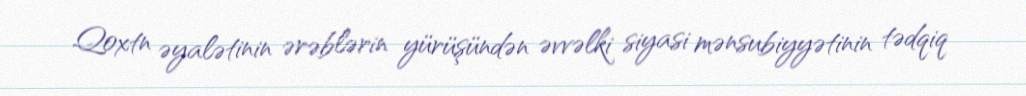
Qoxtn əyalətinin ərəblərin yürüşündən əvvəlki siyasi mənsubiyyətinin tədqiq